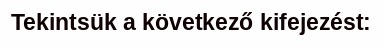
Tekintsük a következő kifejezést: